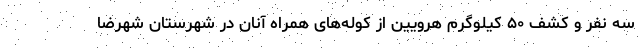
سه نفر و کشف ۵۰ کیلوگرم هرویین از کوله‌های همراه آنان در شهرستان شهرضا